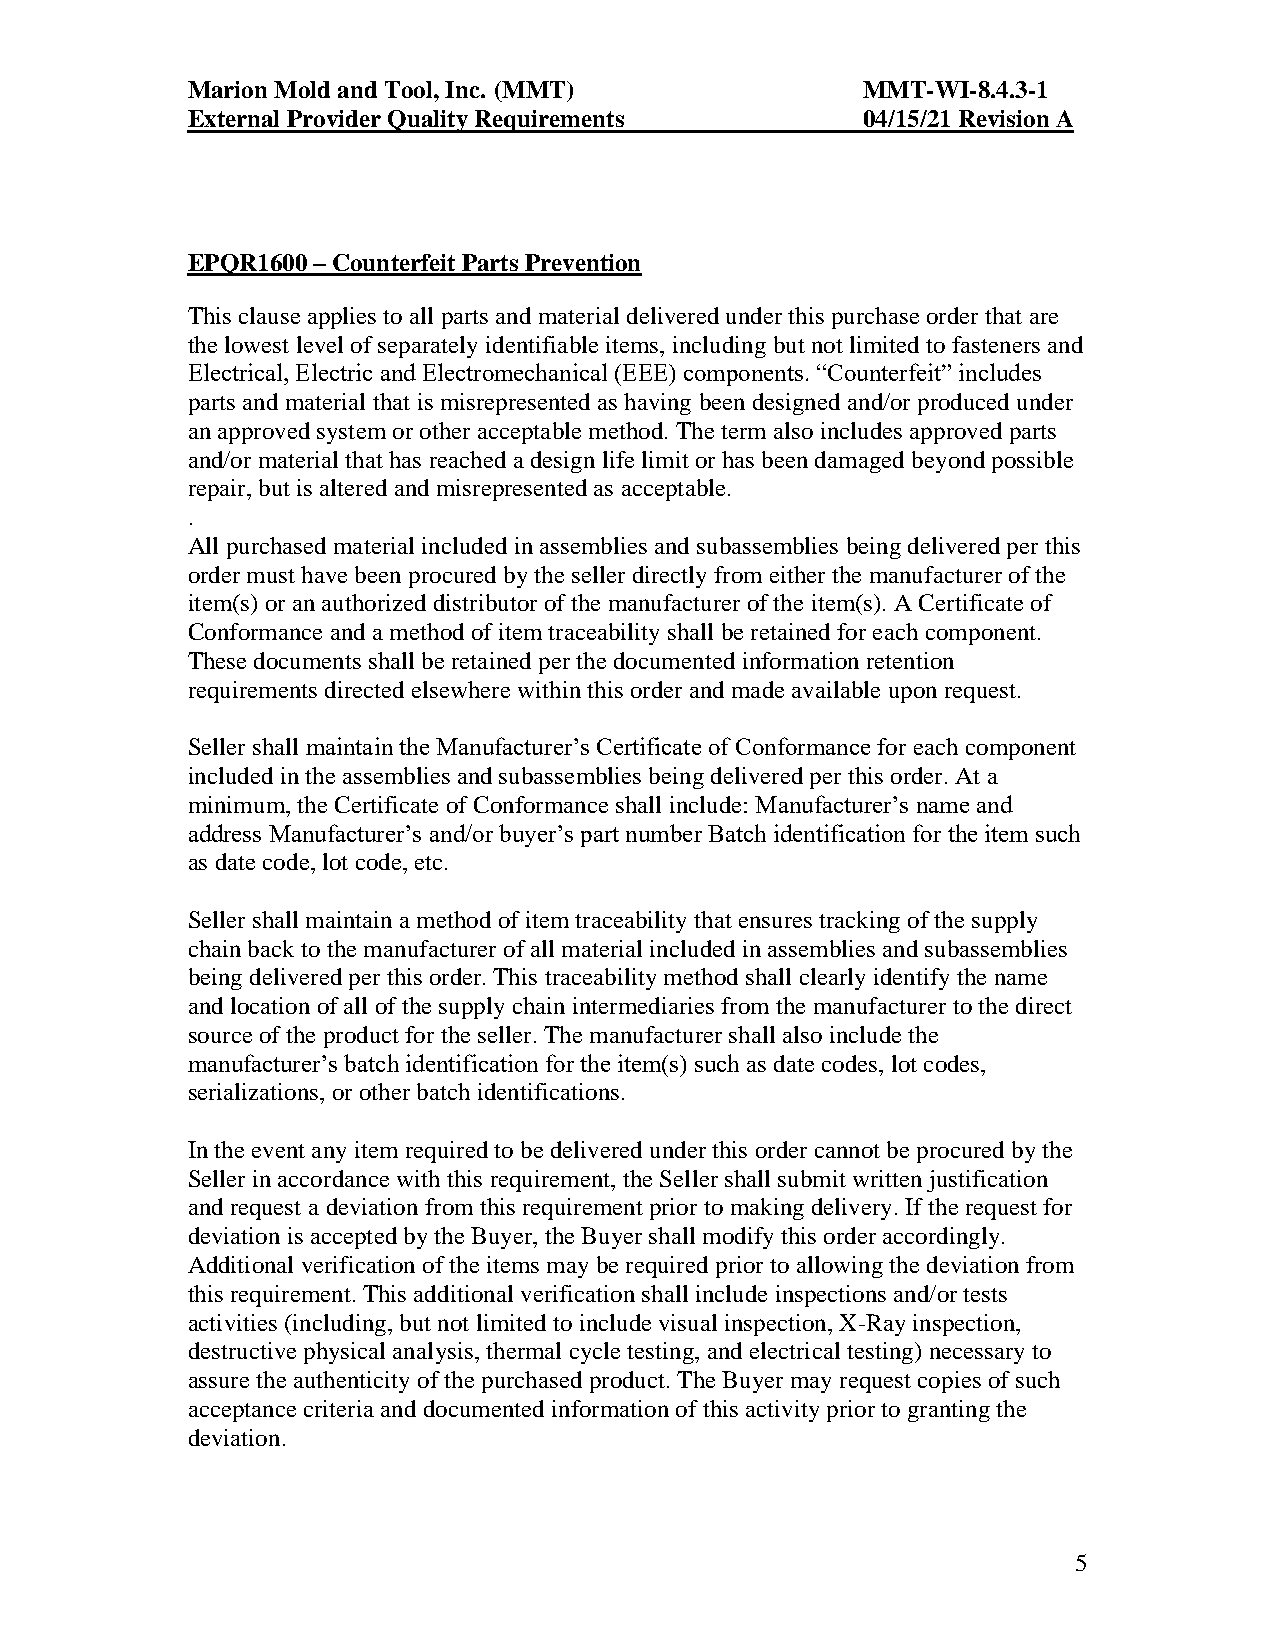
Marion Mold and Tool, Inc. (MMT)             MMT-WI-8.4.3-1
 External Provider Quality Requirements       04/15/21 Revision A
 EPQR1600 – Counterfeit Parts Prevention
 This clause applies to all parts and material delivered under this purchase order that are
 the lowest level of separately identifiable items, including but not limited to fasteners and
 Electrical, Electric and Electromechanical (EEE) components. “Counterfeit” includes
 parts and material that is misrepresented as having been designed and/or produced under
 an approved system or other acceptable method. The term also includes approved parts
 and/or material that has reached a design life limit or has been damaged beyond possible
 repair, but is altered and misrepresented as acceptable.
 .
 All purchased material included in assemblies and subassemblies being delivered per this
 order must have been procured by the seller directly from either the manufacturer of the
 item(s) or an authorized distributor of the manufacturer of the item(s). A Certificate of
 Conformance and a method of item traceability shall be retained for each component.
 These documents shall be retained per the documented information retention
 requirements directed elsewhere within this order and made available upon request.
 Seller shall maintain the Manufacturer’s Certificate of Conformance for each component
 included in the assemblies and subassemblies being delivered per this order. At a
 minimum, the Certificate of Conformance shall include: Manufacturer’s name and
 address Manufacturer’s and/or buyer’s part number Batch identification for the item such
 as date code, lot code, etc.
 Seller shall maintain a method of item traceability that ensures tracking of the supply
 chain back to the manufacturer of all material included in assemblies and subassemblies
 being delivered per this order. This traceability method shall clearly identify the name
 and location of all of the supply chain intermediaries from the manufacturer to the direct
 source of the product for the seller. The manufacturer shall also include the
 manufacturer’s batch identification for the item(s) such as date codes, lot codes,
 serializations, or other batch identifications.
 In the event any item required to be delivered under this order cannot be procured by the
 Seller in accordance with this requirement, the Seller shall submit written justification
 and request a deviation from this requirement prior to making delivery. If the request for
 deviation is accepted by the Buyer, the Buyer shall modify this order accordingly.
 Additional verification of the items may be required prior to allowing the deviation from
 this requirement. This additional verification shall include inspections and/or tests
 activities (including, but not limited to include visual inspection, X-Ray inspection,
 destructive physical analysis, thermal cycle testing, and electrical testing) necessary to
 assure the authenticity of the purchased product. The Buyer may request copies of such
 acceptance criteria and documented information of this activity prior to granting the
 deviation.
 5